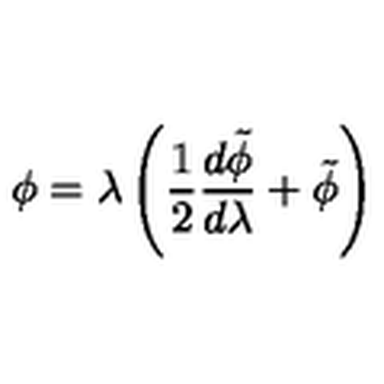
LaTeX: \phi = \lambda \left( \frac { 1 } { 2 } \frac { d \tilde { \phi } } { d \lambda } + \tilde { \phi } \right)